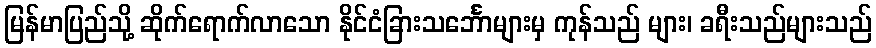
မြန်မာပြည်သို့ ဆိုက်ရောက်လာသော နိုင်ငံခြားသင်္ဘောများမှ ကုန်သည် များ၊ ခရီးသည်များသည်